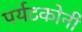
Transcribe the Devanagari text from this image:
पर्यटकोनी